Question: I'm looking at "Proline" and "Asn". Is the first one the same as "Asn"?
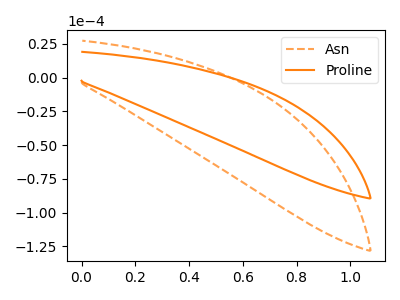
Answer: <think>The orange dashed curve "Asn" has no peaks. The orange curve "Proline" has no peaks.
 Neither "Proline" or "Asn" have any peaks.</think>
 <answer>"Proline" and "Asn" are similar in shape.</answer>
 <eval>same_shape</eval>